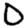
Digit: 0